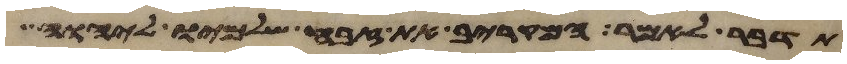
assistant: תדבר לאמר המקריב את זבח שלמיו ליהוה